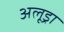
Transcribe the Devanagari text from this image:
अलूड्रा